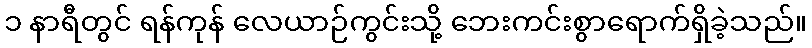
၁ နာရီတွင် ရန်ကုန် လေယာဉ်ကွင်းသို့ ဘေးကင်းစွာရောက်ရှိခဲ့သည်။